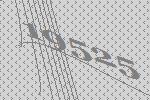
19525